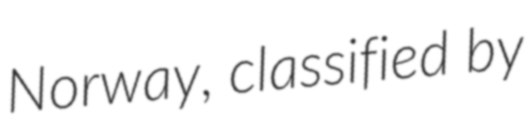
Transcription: Norway, classified by